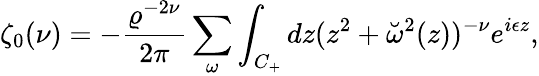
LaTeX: \zeta_{0}(\nu)=-{\frac{\varrho^{-2\nu}}{2\pi}}\sum_{\omega}\int_{C_{+}}dz(z^{2}+\breve{\omega}^{2}(z))^{-\nu}e^{i\epsilon z},